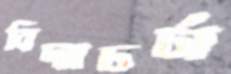
বিদ্যাচর্চা